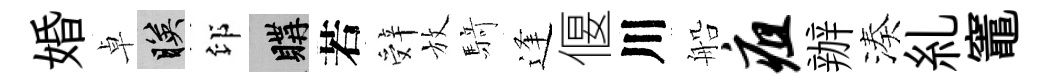
婚卓映印購若辤放𮪍逢偃川船疽辦湊糺竈